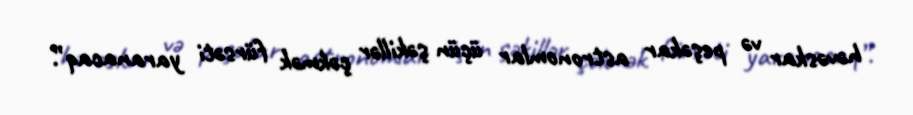
həvəskar və peşəkar astronomlar üçün şəkillər çəkmək fürsəti yaranacaq”.